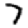
Digit: 7